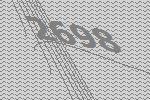
2698